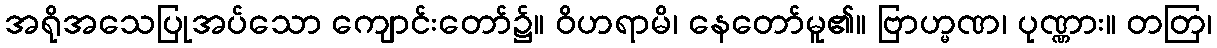
အရိုအသေပြုအပ်သော ကျောင်းတော်၌။ ဝိဟရာမိ၊ နေတော်မူ၏။ ဗြာဟ္မဏ၊ ပုဏ္ဏား။ တတြ၊